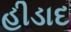
હીડાદ